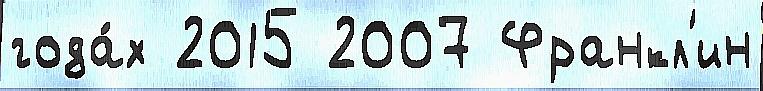
года́х 2015 2007 Франкл'ин